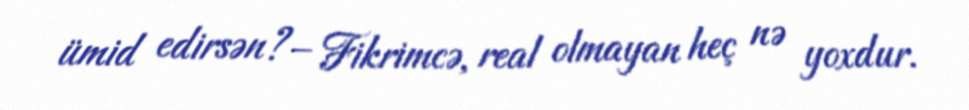
ümid edirsən?– Fikrimcə, real olmayan heç nə yoxdur.